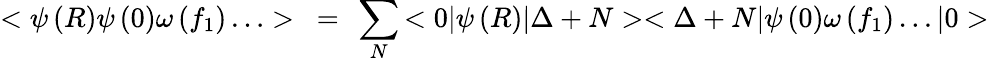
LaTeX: <\psi\left(R\right)\psi\left(0\right)\omega\left(f_{1}\right)\ldots>~=~\sum_{N}{<0|\psi\left(R\right)|\Delta+N><\Delta+N|\psi\left(0\right)\omega\left(f_{1}\right)\ldots|0>}